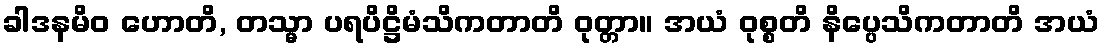
ခါဒနမိဝ ဟောတိ, တသ္မာ ပရပိဋ္ဌိမံသိကတာတိ ဝုတ္တာ။ အယံ ဝုစ္စတိ နိပ္ပေသိကတာတိ အယံ